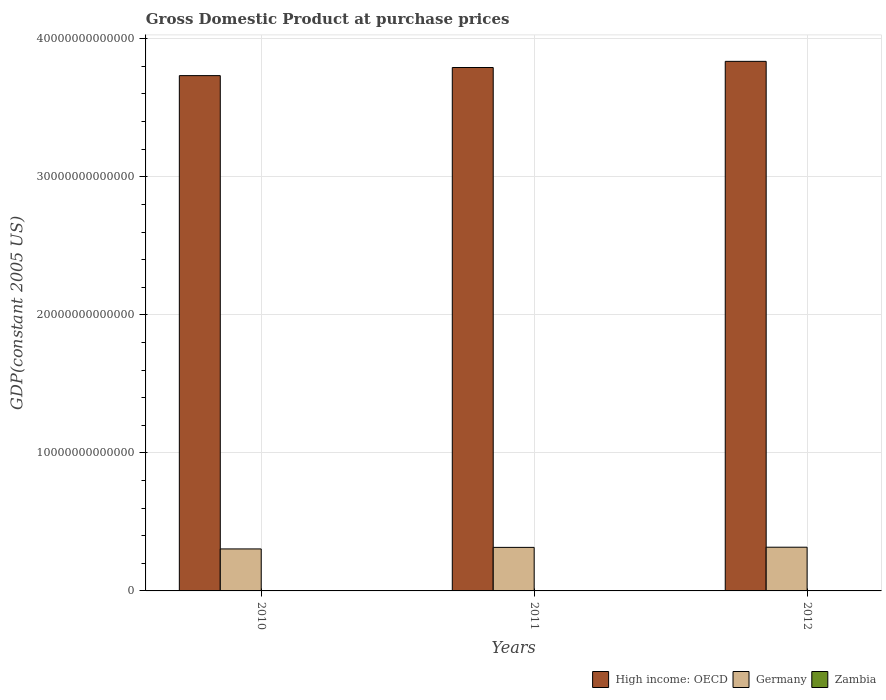
| Years | High income: OECD | Germany | Zambia |
 | --- | --- | --- | --- |
 | 2010 | 3.73e+13 | 3.04e+12 | 1.26e+10 |
 | 2011 | 3.79e+13 | 3.15e+12 | 1.34e+10 |
 | 2012 | 3.84e+13 | 3.17e+12 | 1.44e+10 |